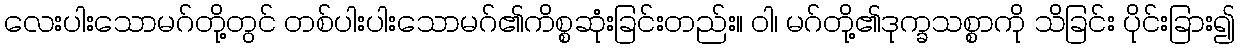
လေးပါးသောမဂ်တို့တွင် တစ်ပါးပါးသောမဂ်၏ကိစ္စဆုံးခြင်းတည်း။ ဝါ၊ မဂ်တို့၏ဒုက္ခသစ္စာကို သိခြင်း ပိုင်းခြား၍